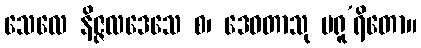
သေလေ နိဇ္ဇလဒေသေ စ၊ ဒေဝတာသု မရူ’ရိတော။